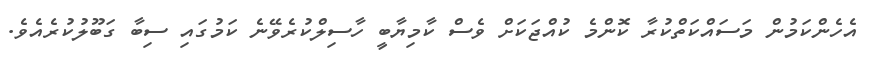
އެހެންކަމުން މަސައްކަތްކުރާ ކޮންމެ ކުއްޖަކަށް ވެސް ކާމިޔާބީ ހާސިލްކުރެވޭނެ ކަމުގައި ސިބާ ގަބޫލުކުރެއެވެ.